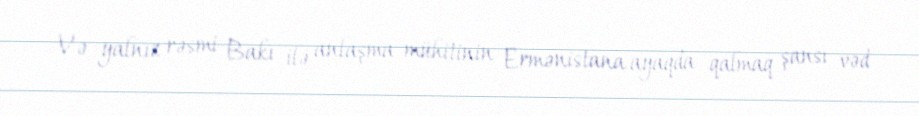
Və yalnız rəsmi Bakı ilə anlaşma mühitinin Ermənistana ayaqda qalmaq şansı vəd